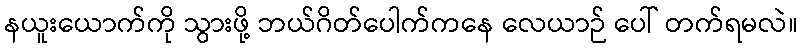
နယူးယောက်ကို သွားဖို့ ဘယ်ဂိတ်ပေါက်ကနေ လေယာဉ် ပေါ် တက်ရမလဲ။